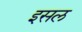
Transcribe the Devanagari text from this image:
इसल